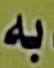
به